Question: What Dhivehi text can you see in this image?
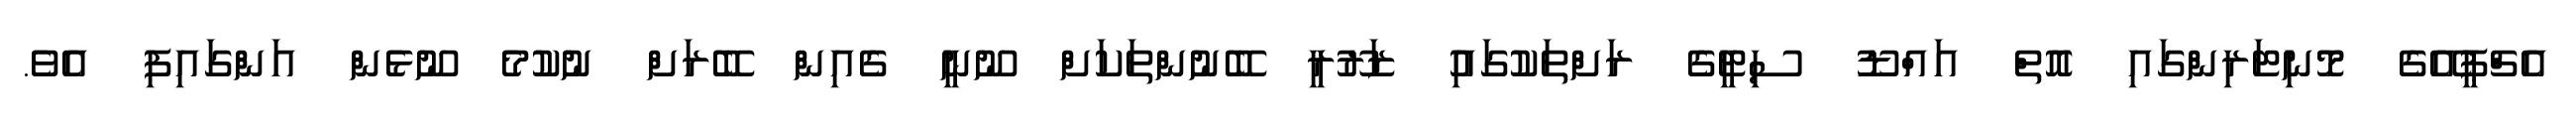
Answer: އެޗްޕީއޭގެ މޮނިޓަރިންގައި އޮތް އައްޑޫ ސިޓީގެ ރަށްތަކުގައިު ޒަރޫރީ ބޭނުންތަކަށް ނޫނީ ގެއިން ބޭރަށް ނުކުމެ ނޫޅެން އަންގައިފި އެވެ.